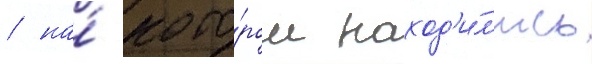
/ на́ кото́ром наход'и́л'ись